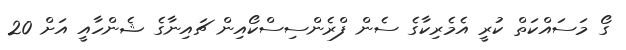
ގޯ މަސައްކަތް ކުރީ އެމެރިކާގެ ސެން ފްރެންސިސްކޯއިން ޗައިނާގެ ޝެންހާއީ އަށް 20